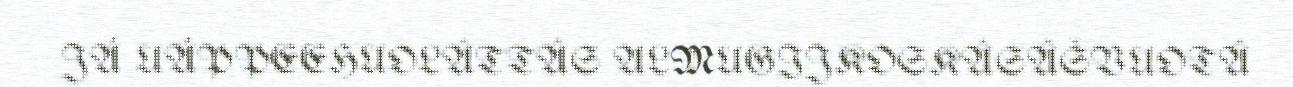
JÁ UÁPPEEHUOLÂTTÂS ALMUGIJKOSKÂSÂŠVUOTÂ